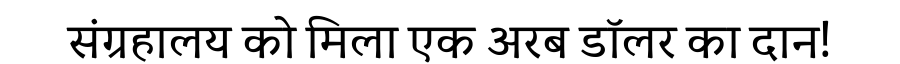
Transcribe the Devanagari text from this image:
संग्रहालय को मिला एक अरब डॉलर का दान!